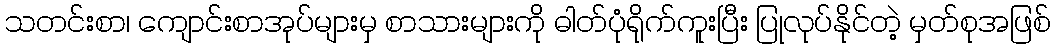
သတင်းစာ၊ ကျောင်းစာအုပ်များမှ စာသားများကို ဓါတ်ပုံရိုက်ကူးပြီး ပြုလုပ်နိုင်တဲ့ မှတ်စုအဖြစ်